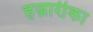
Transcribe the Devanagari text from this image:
हज़ारीका